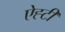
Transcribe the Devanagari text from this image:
ऐह्टी